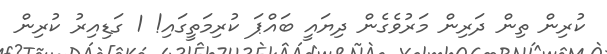
ކުރިން ތިން ދަރިން މަރުވެގެން ދިޔައީ ބައްޕަ ކުރިމަތީގައި! 1 ގަޑިއިރު ކުރިން